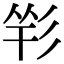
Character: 𢒑